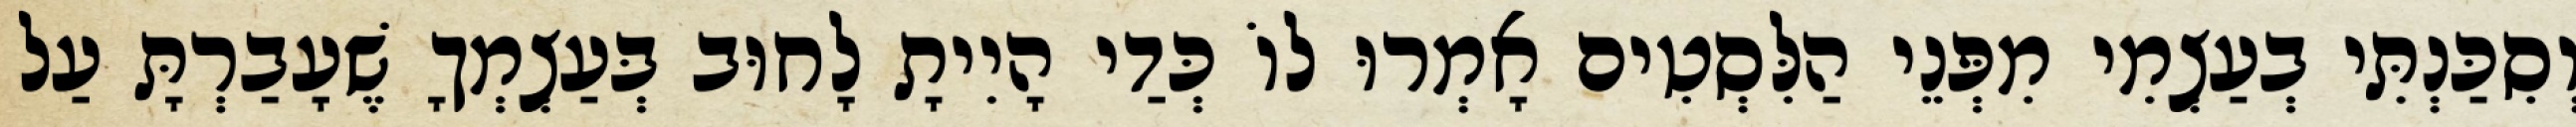
וְסִכַּנְתִּי בְעַצְמִי מִפְּנֵי הַלִּסְטִים אָמְרוּ לוֹ כְּדַי הָיִיתָ לָחוּב בְּעַצְמְךָ שֶׁעָבַרְתָּ עַל